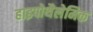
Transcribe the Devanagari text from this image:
हाइपोथैलेमिक